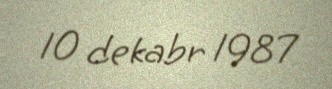
10 dekabr 1987